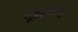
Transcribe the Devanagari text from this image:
गूढांपैकी